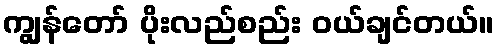
ကျွန်တော် ပိုးလည်စည်း ဝယ်ချင်တယ်။